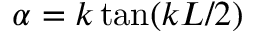
\alpha = k \tan ( k L / 2 )